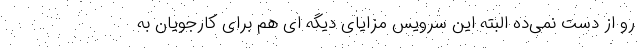
رو از دست نمی‌ده البته این سرویس مزایای دیگه ای هم برای کارجویان به